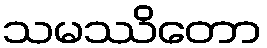
သမဿိတော